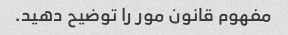
مفهوم قانون مور را توضیح دهید.